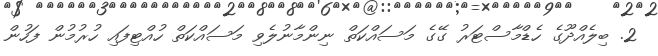
2. ބިލެއްދޫގެ ހެޑްމާސްޓަރު ގޭގެ މަސައްކަތް ނިންމާނުލެވި މަސައްކަތް ހުއްޓިފައި ހުރުމުން ފަހުން